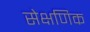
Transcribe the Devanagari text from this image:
सेक्षणिक